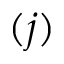
( j )